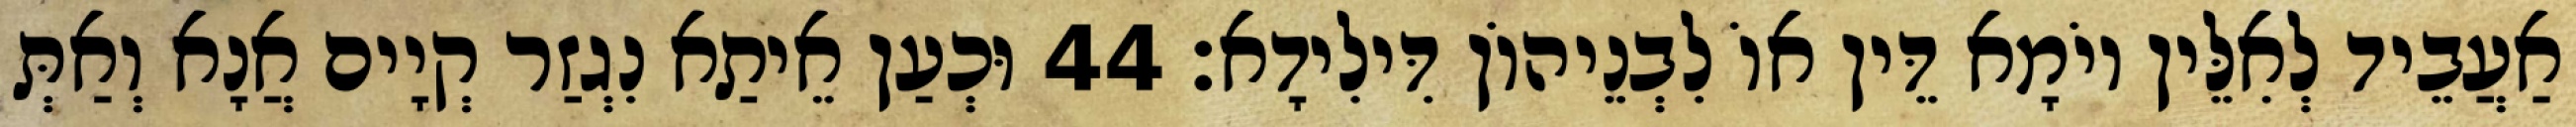
אַעֲבֵיד לְאִלֵּין יוֹמָא דֵּין אוֹ לִבְנֵיהוֹן דִּילִידָא׃ 44 וּכְעַן אֵיתַא נִגְזַר קְיָים אֲנָא וְאַתְּ